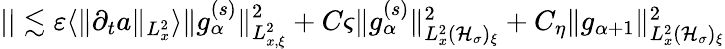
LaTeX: \begin{array}{r}{||\lesssim\varepsilon\langle\| \partial_{t}a\| _{L_{x}^{2}}\rangle\| g_{\alpha}^{(s)}\| _{L_{x,\xi}^{2}}^{2}+C\varsigma\| g_{\alpha}^{(s)}\| _{L_{x}^{2}(\mathcal H_{\sigma})_{\xi}}^{2}+C_{\eta}\| g_{\alpha+1}\| _{L_{x}^{2}(\mathcal H_{\sigma})_{\xi}}^{2}}\end{array}